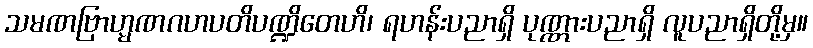
သမဏဗြာဟ္မဏဂဟပတိပဏ္ဍိတေဟိ၊ ရဟန်းပညာရှိ ပုဏ္ဏားပညာရှိ လူပညာရှိတို့မှ။